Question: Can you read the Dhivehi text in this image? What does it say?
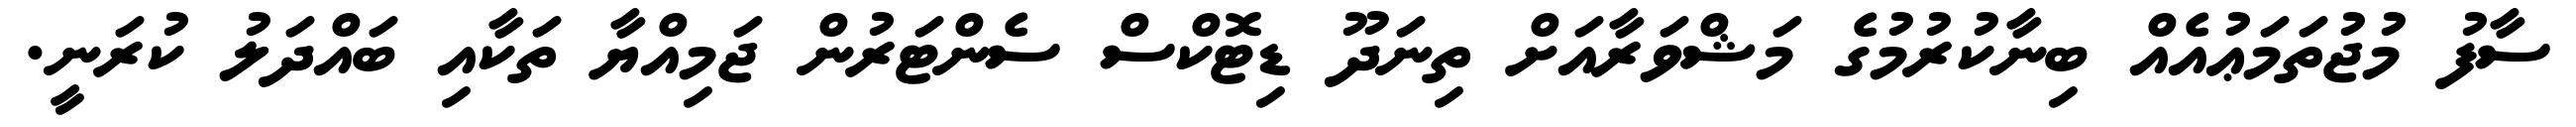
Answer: ސާފު މުޖުތަމަޢުއެއް ބިނާކުރުމުގެ މަޝްވަރާއަށް ތިނަދޫ ޑިޓޮކްސް ސެންޓަރުން ޖަމިއްޔާ ތަކާއި ބައްދަލު ކުރަނީ.